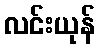
လင်းယုန်